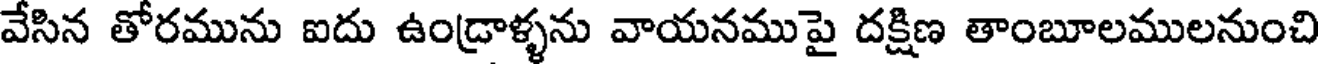
వేసిన తోరమును ఐదు ఉండ్రాళ్ళను వాయనముపై దక్షిణ తాంబూలములనుంచి